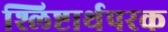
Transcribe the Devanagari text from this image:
श्लिष्टार्थपरक